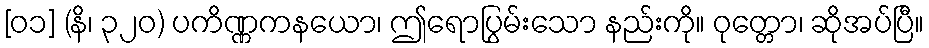
[၀၁] (နိ၊ ၃၂၀) ပကိဏ္ဏကနယော၊ ဤရောပြွမ်းသော နည်းကို။ ဝုတ္တော၊ ဆိုအပ်ပြီ။